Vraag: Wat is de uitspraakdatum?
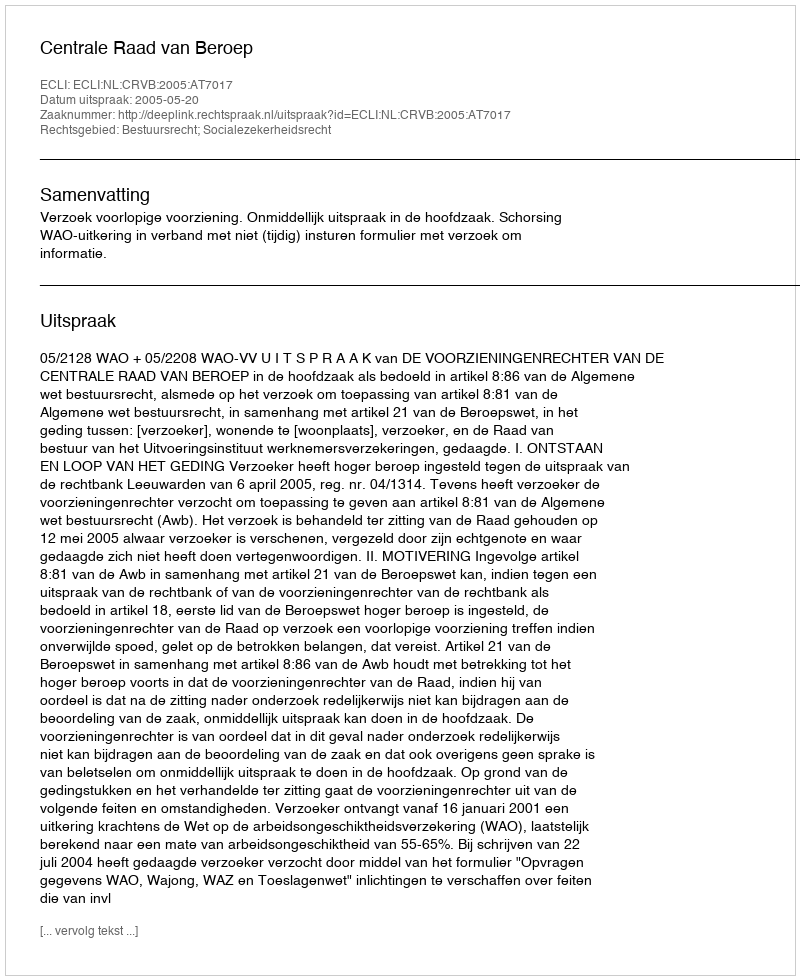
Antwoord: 2005-05-20